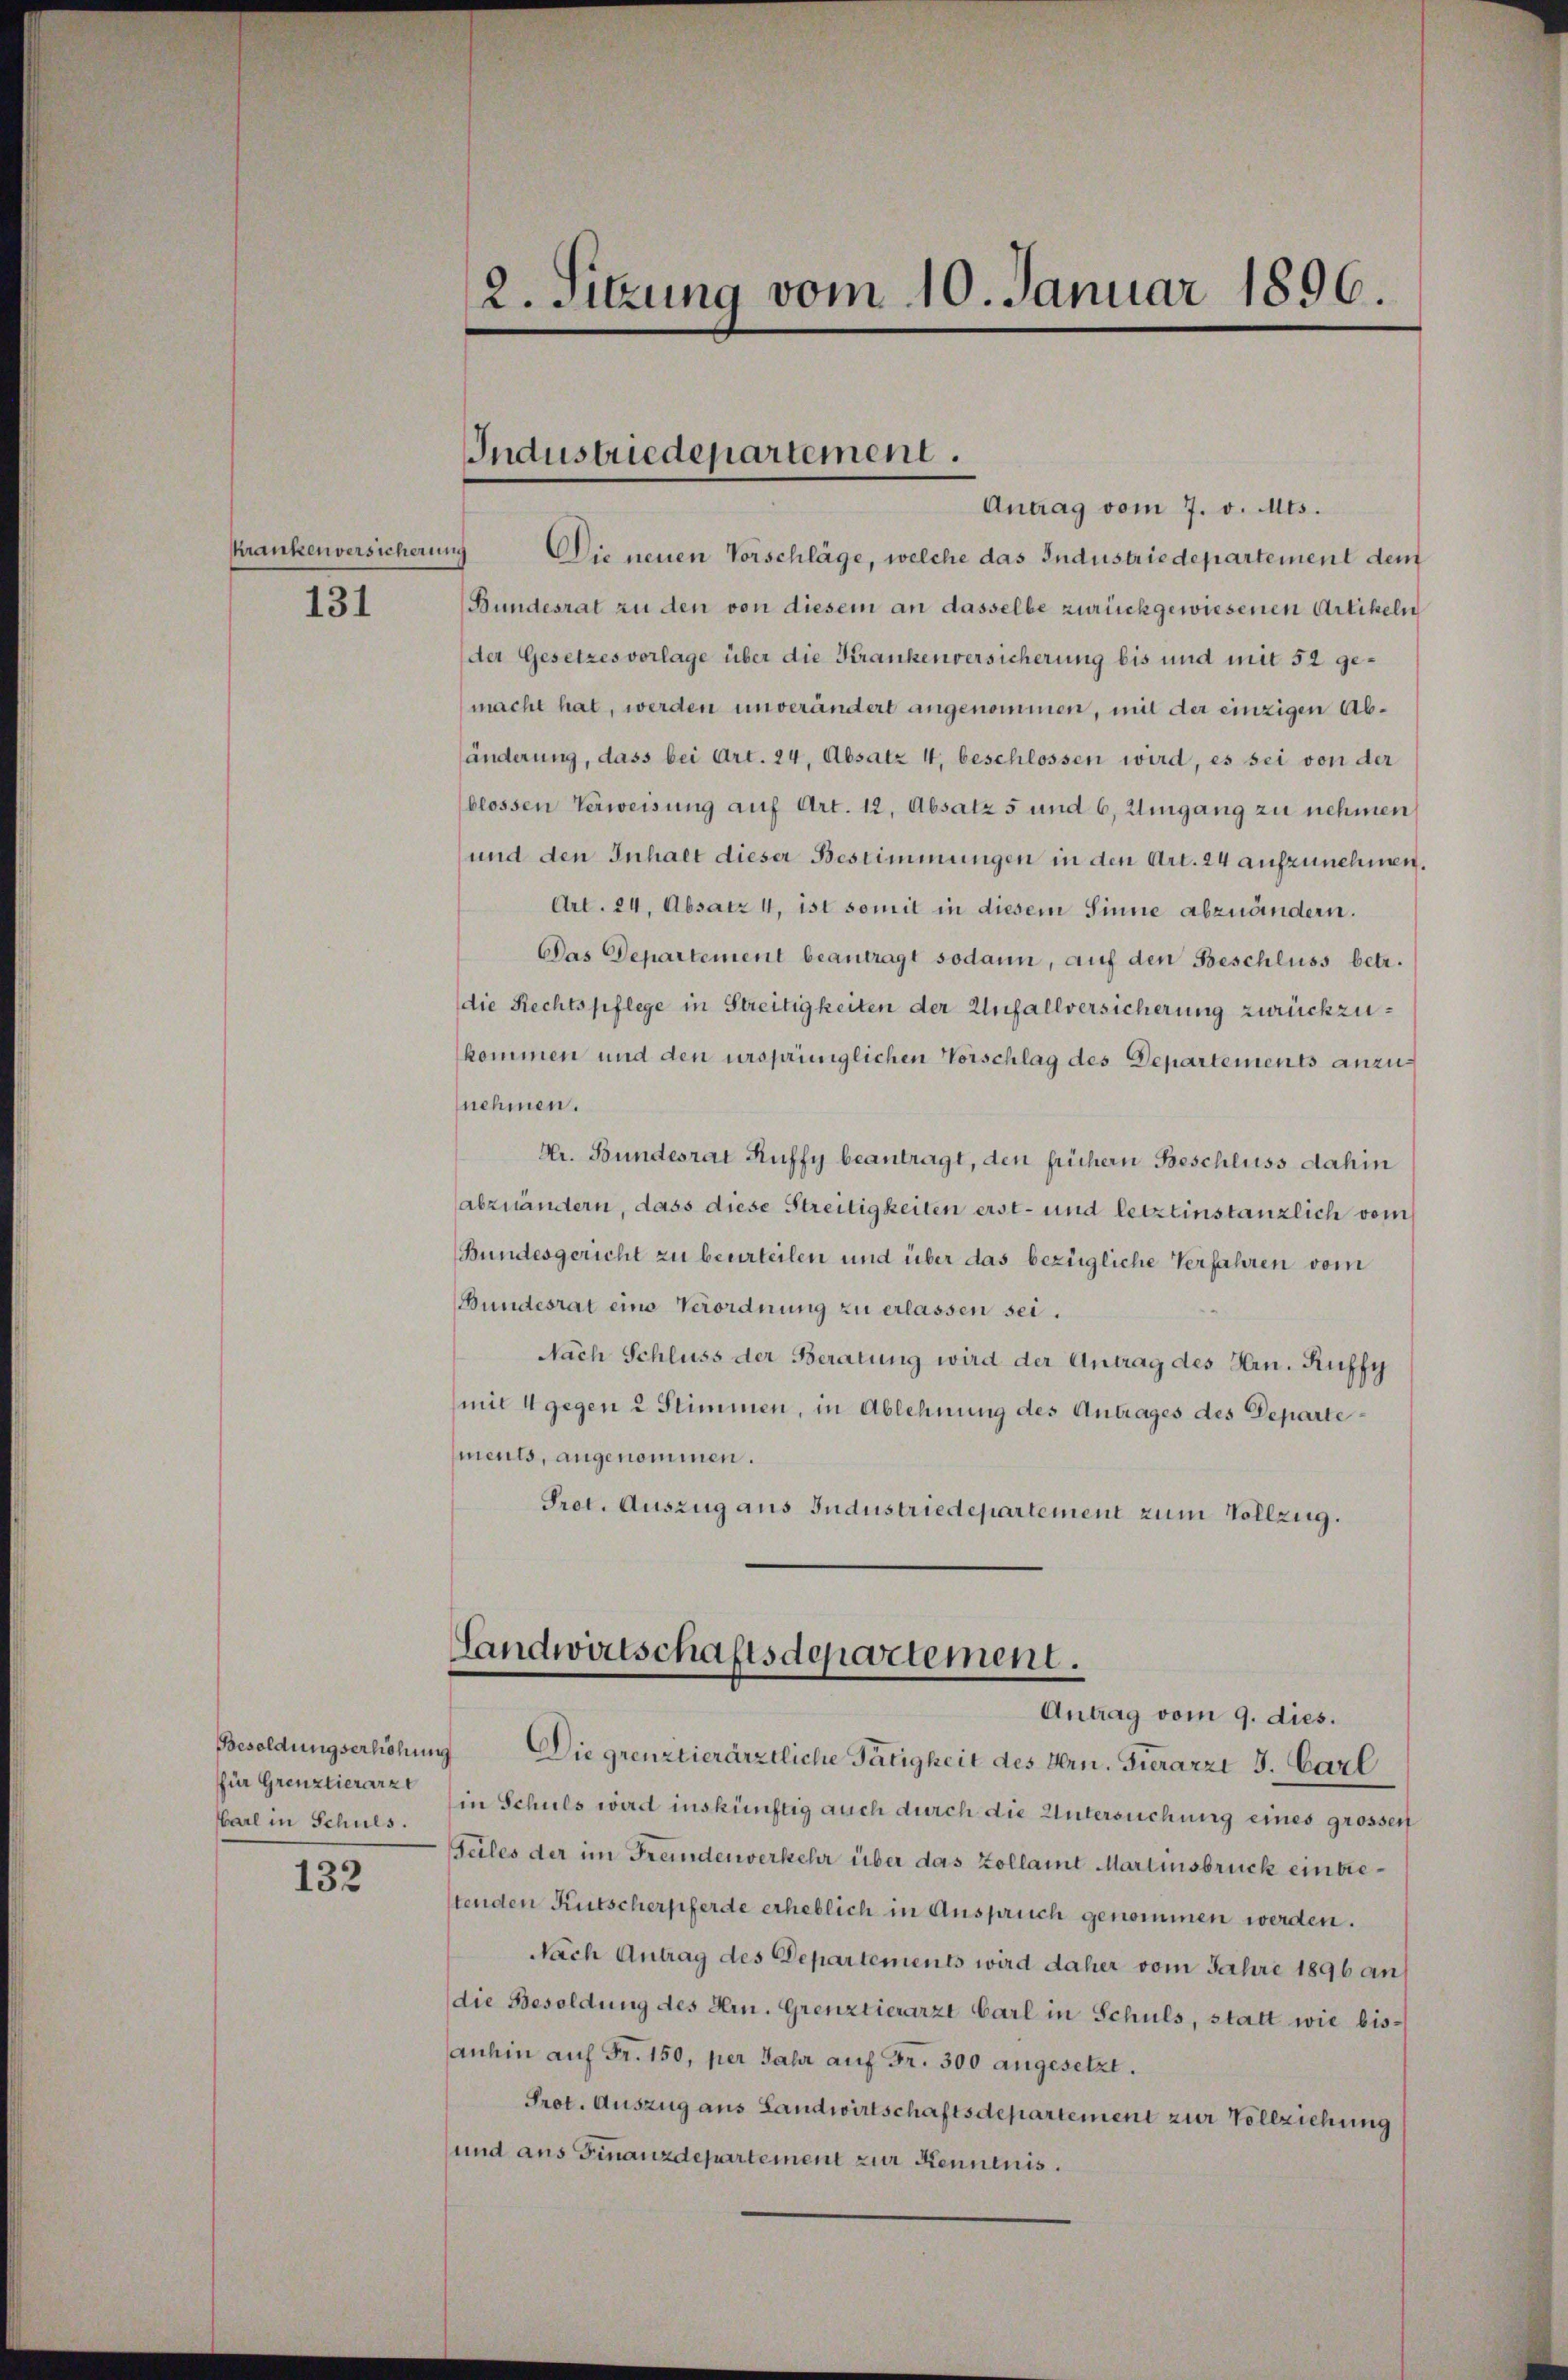
Krankenversicherung

131

Besoldungserhöhung
für Grenztierarzt
arl in Schuls.

132

2. Sitzung vom 10. Januar 1896.

Industriedepartement.

Antrag vom 7. v. Mts.
Die neuen Vorschläge, welche das Industriedepartement dem
Bundesrat zu den von diesem an dasselbe zurückgewiesenen Artikeln
der Gesetzes vorlage über die Krankenversicherung bis und mit 52 gemacht hat, werden unverändert angenommen, mit der einzigen Abänderung, dass bei Art. 24. Absatz 4, beschlossen wird, es sei von der
blossen Verweisung auf Art. 12, Absatz 5 und 6, Umgang zu nehmen
und den Inhalt dieser Bestimmungen in den Art. 24 aufzunehmen,
Art. 24. Absatz 4, ist somit in diesem Sinne abzuändern.
Das Departement beantragt sodann, auf den Beschluss betr.
die Rechtspflege in Streitigkeiten der Unfallversicherung zurückzukommen und den ursprünglichen Vorschlag des Departements anzunehmen.
Vr. Bundesrat Ruffy beantragt, den frühern Beschluss dahin
abzuändern, dass diese Streitigkeiten erst- und letztinstanzlich vom
Bundesgericht zu beurteilen und über das bezügliche Verfahren vom
Bundesrat eine Verordnung zu erlassen sei.
Nach Schluss der Beratung wird der Antrag des Hrn. Kuffy
(mit 4 gegen 2 Stimmen, in Ablehnung des Antrages des Departe
ments, angenommen.
Prot. Auszug aus Industriedepartement zum Vollzug.
Landwirtschaftsdepartement.
Antrag vom 9. dies.
Die grenztierärztliche Tätigkeit des Hrn. Fierarzt J. Carl
in Schuls wird inskünftig auch durch die Untersuchung eines grossen
Teiles der im Fremdenverkehr über das Zollamt Martinsbruck eintretenden Kutscherpferde erheblich in Anspruch genommen werden.
Nach Antrag des Departements wird daher vom Jahre 1896 an
die Besoldung des Hrn. Grenztierarzt Carl in Schuls, statt wie bisanhin auf Fr. 150, per Jahr auf Fr. 300 angesetzt.
Prot. Auszug aus Landwirtschaftsdepartement zur Vollziehung
und aus Finanzdepartement zur Kenntnis.